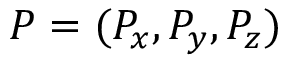
P = ( P _ { x } , P _ { y } , P _ { z } )